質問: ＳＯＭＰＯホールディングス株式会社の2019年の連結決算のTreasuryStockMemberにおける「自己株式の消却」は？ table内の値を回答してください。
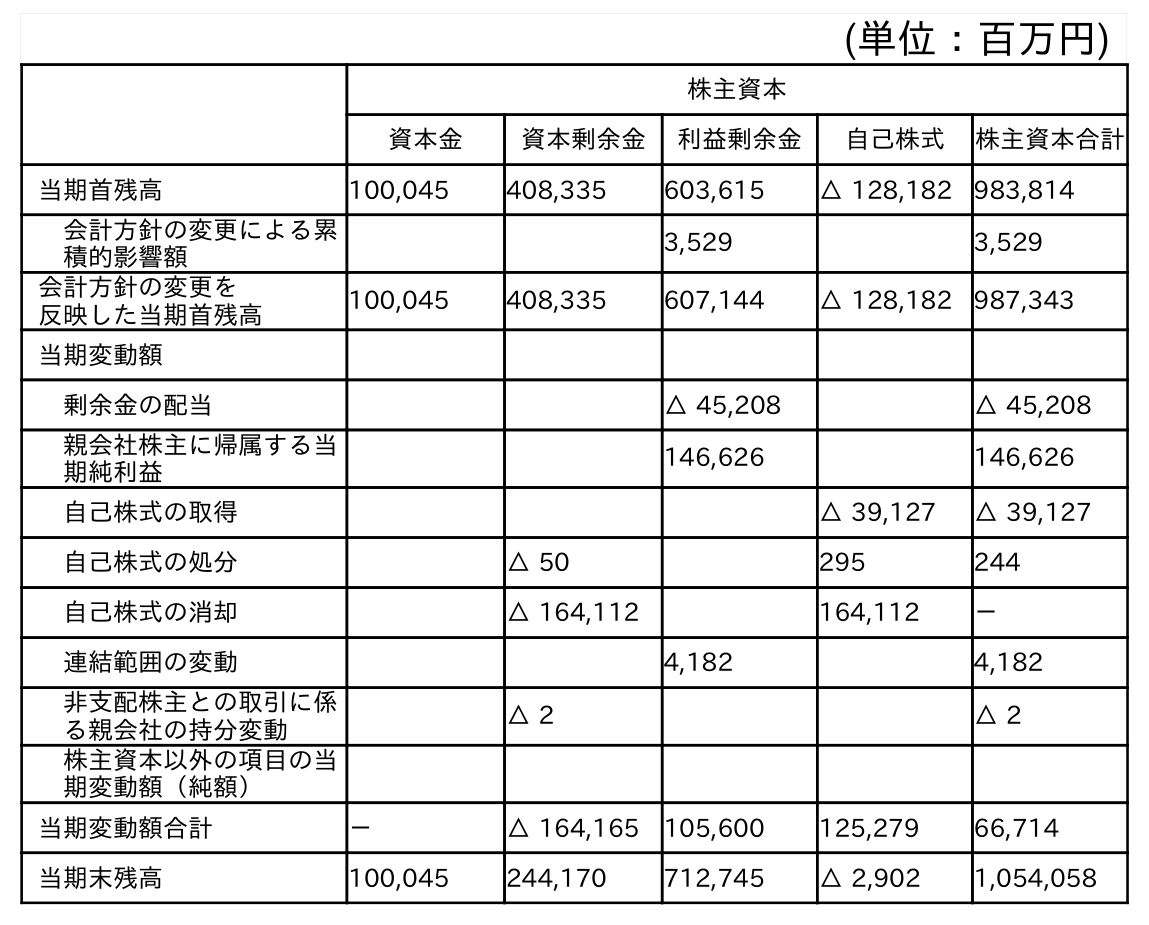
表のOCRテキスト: (単位：百万円) 株主資本 資本金 資本剰余金 利益剰余金 自己株式 株主資本合計 当期首残高 100,045 408,335 603,615 △ 128,182 983,814 会計方針の変更による累 積的影響額 3,529 3,529 会計方針の変更を 反映した当期首残高 100,045 408,335 607,144 △ 128,182 987,343 当期変動額 剰余金の配当 △ 45,208 △ 45,208 親会社株主に帰属する当 期純利益 146,626 146,626 自己株式の取得 △ 39,127 △ 39,127 自己株式の処分 △ 50 295 244 自己株式の消却 △ 164,112 164,112 － 連結範囲の変動 4,182 4,182 非支配株主との取引に係 る親会社の持分変動 △ 2 △ 2 株主資本以外の項目の当 期変動額（純額） 当期変動額合計 － △ 164,165 105,600 125,279 66,714 当期末残高 100,045 244,170 712,745 △ 2,902 1,054,058
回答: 164,112